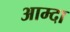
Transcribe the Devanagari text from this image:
आम्दा